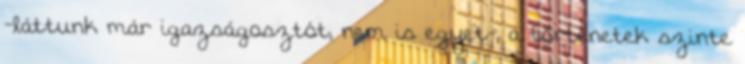
-láttunk már igazságosztót, nem is egyet-, a történetek szinte